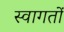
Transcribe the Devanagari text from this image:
स्वागतों